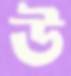
উ